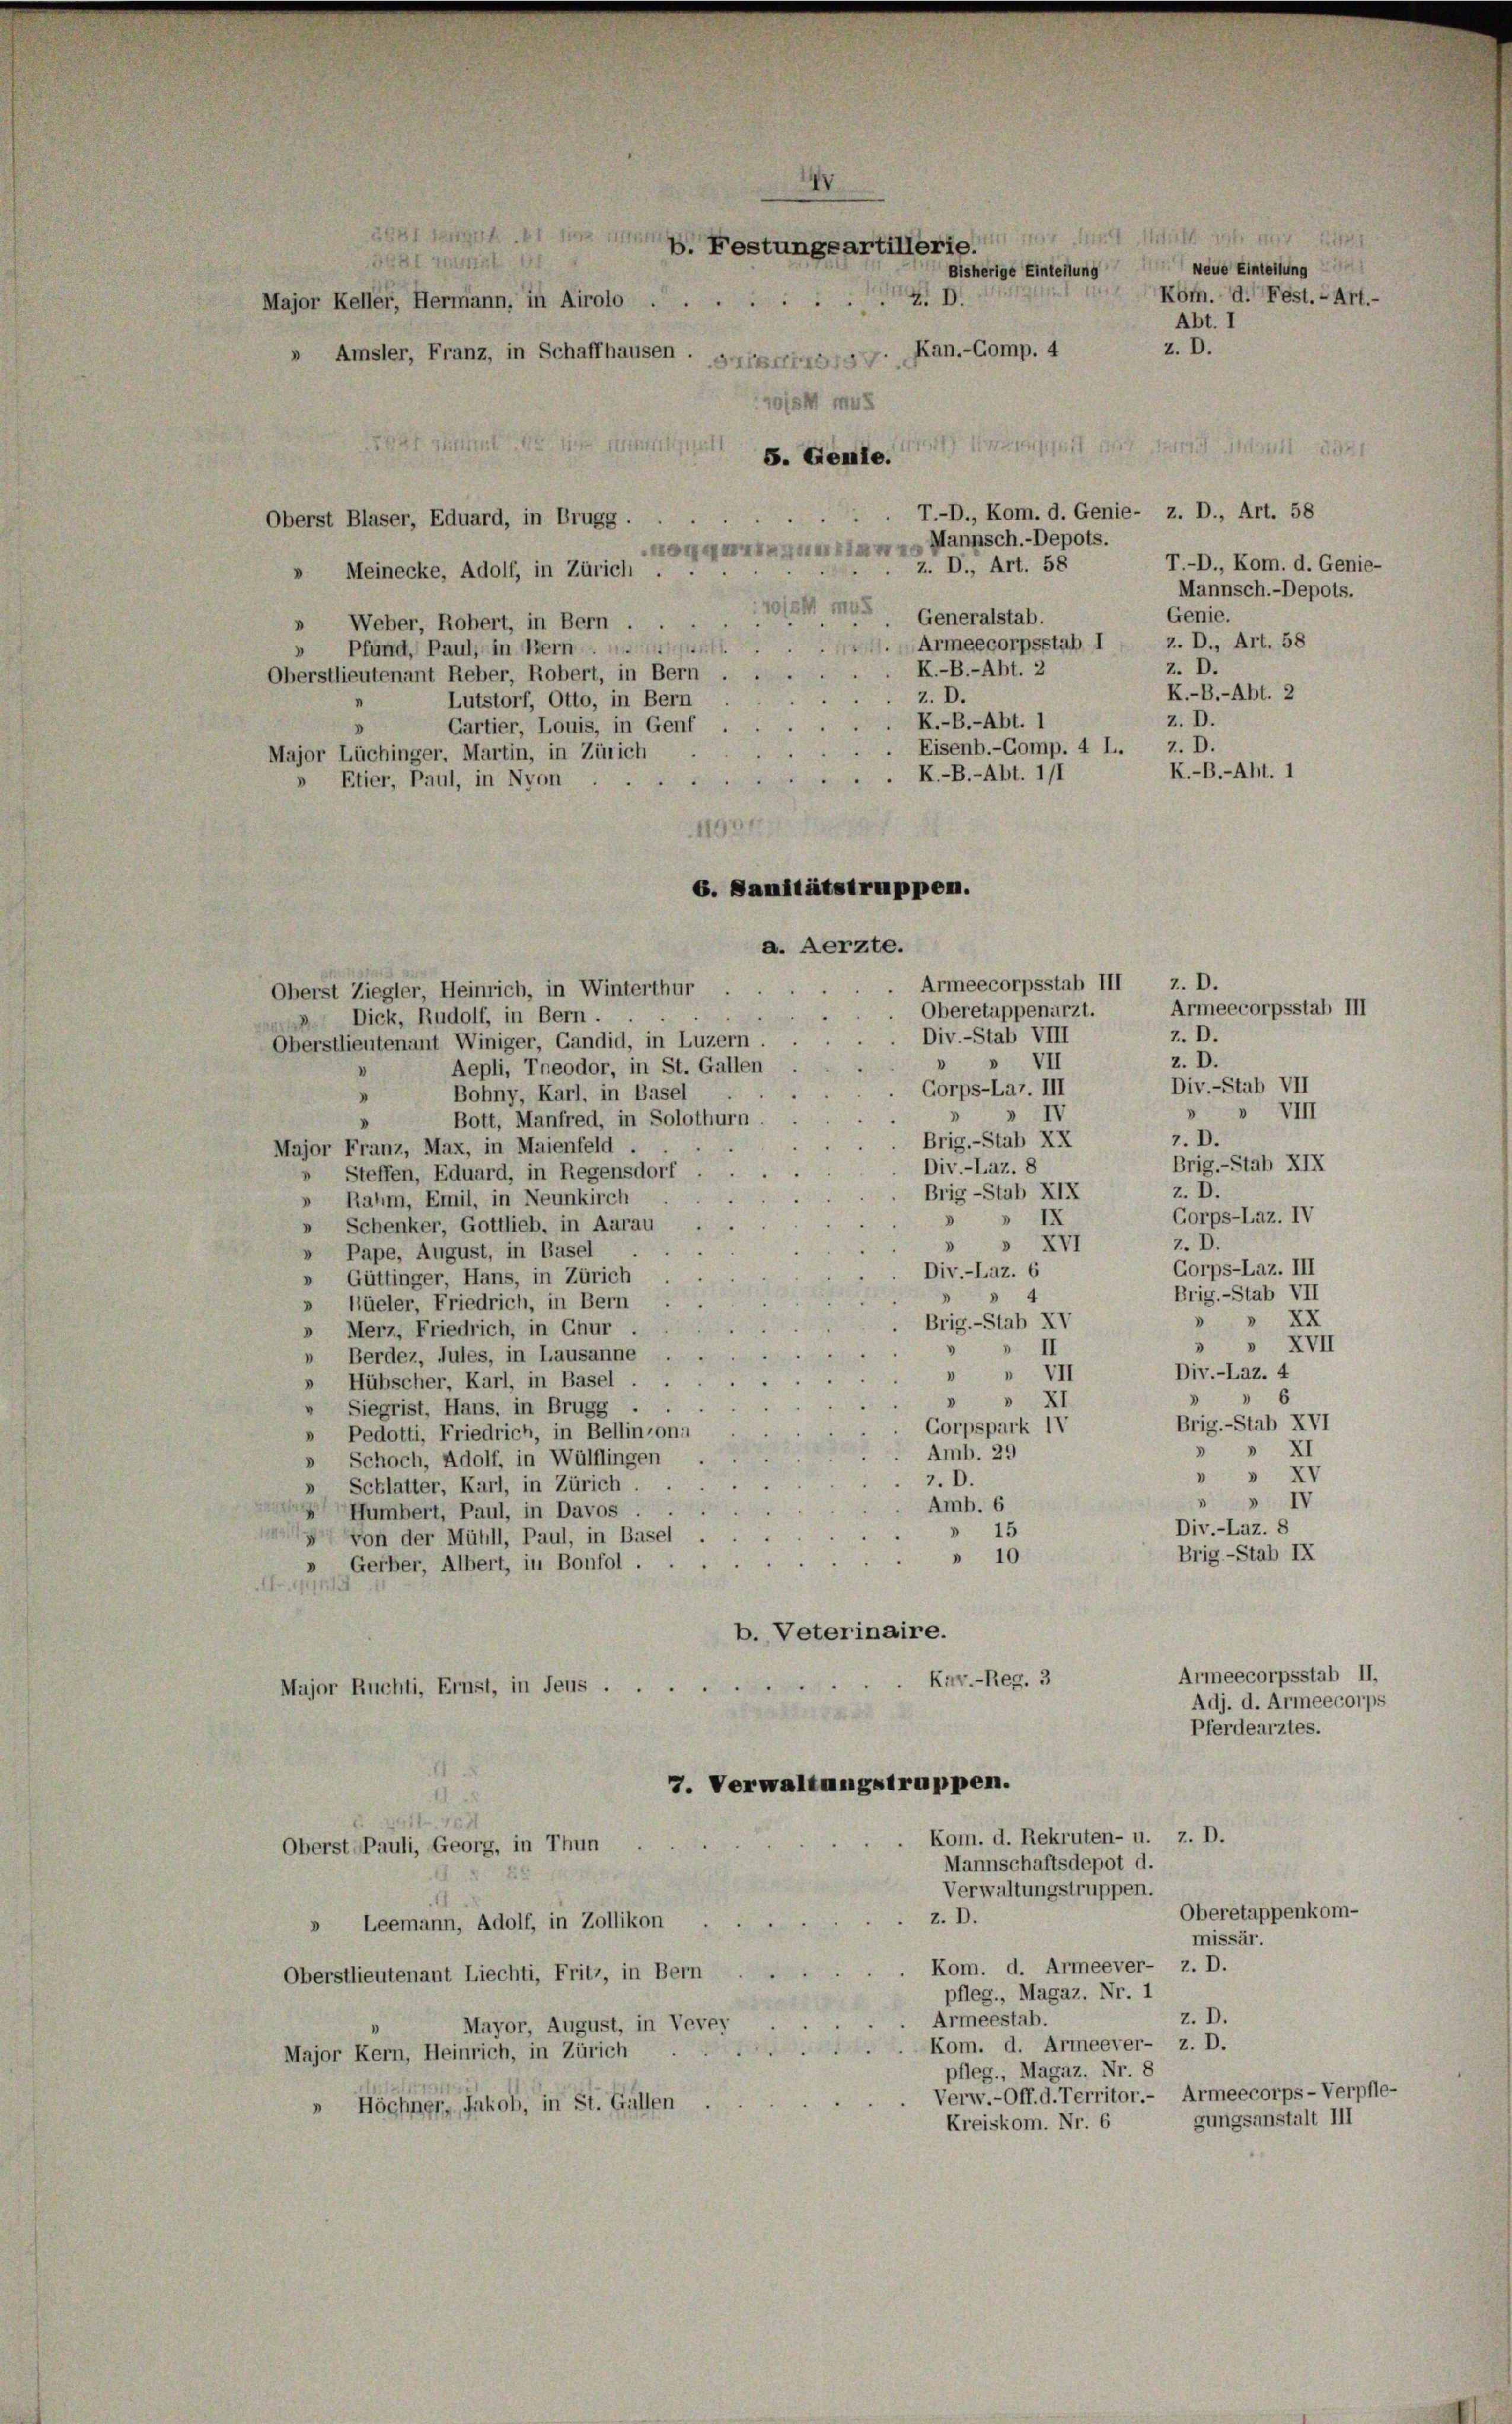
IV
dan Festungsartillerie
dal tret
Bisherige Einteilung neue Einleitung
Köm. d. Fest. - Art.-
 D.
Major Keller, Hermann, in Airolo
Abt. I
z. D.
Kan.-Comp. 4
» Amsler, Franz, in Schaffhausen . HHTSFFTRAG

ist an die
5. Gemle.
 T.-D., Kom. d. Genie- z. D., Art. 58
Oberst Blaser, Eduard, in Brugg . . .
H. Mannsch.-Depots.
z. D., Art. 58
Meinecke, Adolf, in Zürich .
.
wiss moi
Generalstab.
Weber, Robert, in Bern .
.
Armeecorpsstab I
Pfund, Paul, in Bern.
K.-B.-Abt. 2
Oberstlieutenant Reber, Robert, in Bern .
Z. D.
Lutstorf, Otto, in Bern
K.-B.-Abt. 1
Cartier, Louis, in Genf
Eisenb.-Comp. 4 L. Z. D.
Major Lüchinger, Martin, in Zürich
K.-B.-Abt. 111
Etier, Paul, in Nyon
Armeecorpsstab III z. D.
Oberst Ziegler, Heinrich, in Winterthur
Armeecorpsstab III
Oberetappenarzt.
 Dick, Rudolf, in Bern.
z. D.
Div.-Stab VIII
Oberstlieutenant Winiger, Gandid, in Luzern.
z. D.
» VII
Aepli, Treodor, in St. Gallen
.
Div.-Stab VII
Corps-Lar. III
Bohny, Karl, in Basel
"
» VIII
"
IV
Bott, Manfred, in Solothurn.
z. D.
Brig.-Stab XX
Major Franz, Max, in Maienfeld
Brig.-Stab XIX
Div.-Laz. 8
 Steffen, Eduard, in Regensdorf
z. D.
Brig-Stab XIX
 Rahm, Emil, in Neunkirch
Gorps-Laz. IV
IX
8
» Schenker, Gottlieb, in Aarau
» XVI
7. D.
» Pape, August, in Basel
Gorps-Laz. III
Div.-Laz. 6
» Güttinger, Hans, in Zürich
Brig.-Stab VII
Hüeler, Friedrich, in Bern
 XX
Brig.-Stab XV
» Merz, Friedrich, in Chur
3
II
» Berdez, Jules, in Lausanne
VII
Div.-Laz. 4
I
I
Hübscher, Karl, in Basel.
 XI
" Siegrist, Hans, in Brugg . .
Brig.-Stab XVI
Corpspark IV
Pedotti, Friedrich, in Bellinzoni
.
» XI
Amb. 29
» Schoch, Adolf, in Wülflingen
» XV
7. D.
s
» Schlatter, Karl, in Zürich.
4
Amb. 6
Humbert, Paul, in Davos
Div.-Laz. 8
» 15
 Von der Mühll, Paul, in Basel
Brig-Stab IX
» 10
» Gerber, Albert, in Bonfol.
b. Veterinaire.
Armeecorpsstab II,
Kav.-Reg. 3

Major Ruchti, Ernst, in Jeus .
Adj. d. Armeecorps
Pferdearztes.
7. Verwaltungstruppen.
411. 167.
Kom. d. Rekruten- u. z. D.
Oberst Pauli, Georg, in Thun
Mannschaftsdepot d.
Verwaltungstruppen.
Oberetappenkom-
z. D.
» Leemann, Adolf, in Zollikon
missär.
Kom. d. Armeever- z. D.
Oberstlieutenant Liechti, Fritz, in Bern
pfleg., Magaz. Nr. 1
z. D.
Armeestab.
Mayor, August, in Vevey
Kom. d. Armeever- z. D.
Major Kern, Heinrich, in Zürich
pfleg., Magaz. Nr. 8
Verw.-Off. d. Territor.- Armeecorps-Verpfle-
 Höchner, Jakob, in St. Gallen
gungsanstalt III
Kreiskom. Nr. 6

ois mus

G. Sanitätstruppen.
a. Aerzte.

T.-D., Kom. d. Genie-
Mannsch.-Depots.
Genie.
z. D., Art. 58
z. D.
K.-B.-Abt. 2
z. D.

K.-B.-Aht. I

XVII